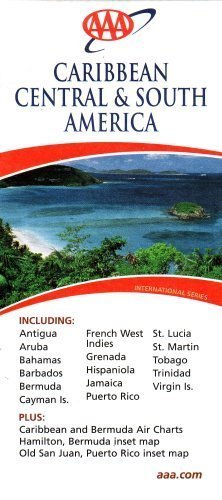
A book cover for AAA Caribbean, Central & South America: Including Antigua, Aruba, Bahamas, Barbados, Bermuda, Cayman; AAA Heathrow; Travel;